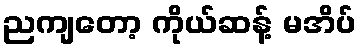
ညကျတော့ ကိုယ်ဆန့် မအိပ်